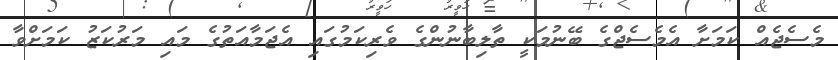
މެސެޖެއް ކަމަށާ އެމެސެޖްގެ ބޭނުމަކީ ތާލިބާނުންގެ ވެރިކަމުގައި އެޖަމާއަތުގެ މައި މަރުކަޒު ކަމަށްވާ